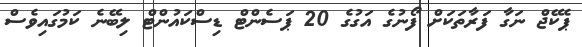
ޕެކޭޖް ނަގާ ފަރާތަކަށް ފޯނުގެ އަގުގެ 20 ޕަސެންޓް ޑިސްކައުންޓް ލިބޭނެ ކަމުގައިވެސް